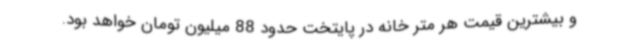
و بیشترین قیمت هر متر خانه در پایتخت حدود 88 میلیون تومان خواهد بود.